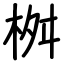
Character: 桝